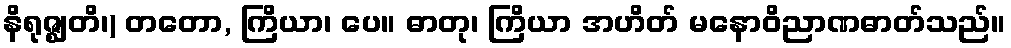
နိရုဇ္ဈတိ၊) တတော, ကြိယာ၊ ပေ။ ဓာတု၊ ကြိယာ အဟိတ် မနောဝိညာဏဓာတ်သည်။